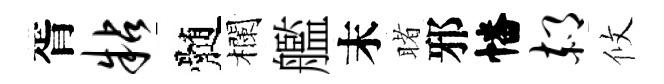
胥粘髄欄艦末睹邪幡郝攸